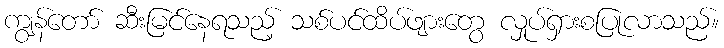
ကျွန်တော် ဆီးမြင်နေရသည့် သစ်ပင်ထိပ်ဖျားတွေ လှုပ်ရှားစပြုလာသည်။